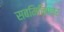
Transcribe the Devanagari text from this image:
सबमिनिएचर